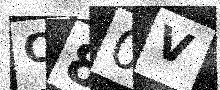
Text: C80V